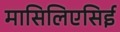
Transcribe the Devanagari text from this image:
मासिलिएसिई